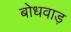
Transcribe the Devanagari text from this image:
बोधवाड़